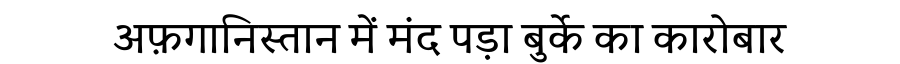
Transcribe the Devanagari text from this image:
अफ़गानिस्तान में मंद पड़ा बुर्के का कारोबार